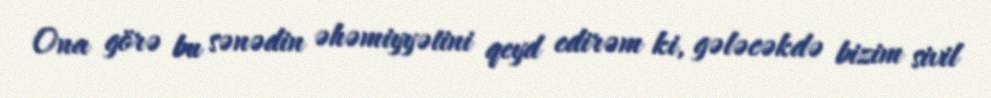
Ona görə bu sənədin əhəmiyyətini qeyd edirəm ki, gələcəkdə bizim sivil